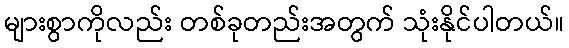
များစွာကိုလည်း တစ်ခုတည်းအတွက် သုံးနိုင်ပါတယ်။